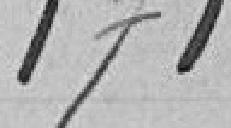
171